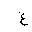
Letter: _gayn